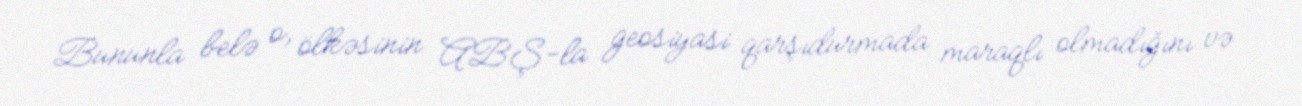
Bununla belə o, ölkəsinin ABŞ-la geosiyasi qarşıdurmada maraqlı olmadığını və